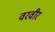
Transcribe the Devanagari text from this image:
वरवीर